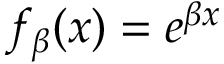
f _ { \beta } ( x ) = e ^ { \beta x }